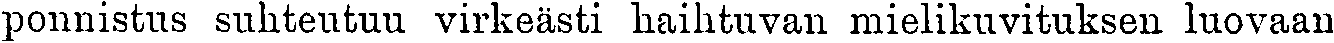
ponnistus suhteutuu virkeästi haihtuvan mielikuvituksen luovaan